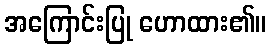
အကြောင်းပြု ဟောထား၏။